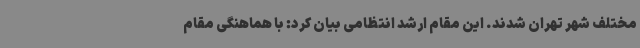
مختلف شهر تهران شدند. این مقام ارشد انتظامی بیان کرد: با هماهنگی مقام